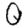
Digit: 0